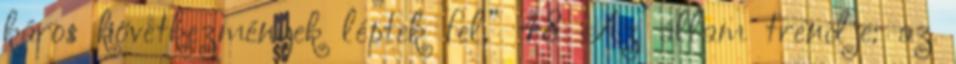
káros következmények léptek fel.” 48 Az állam trendje: az